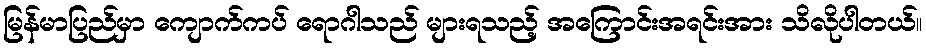
မြန်မာပြည်မှာ ကျောက်ကပ် ရောဂါသည် များရသည့် အကြောင်းအရင်းအား သိလိုပါတယ်။